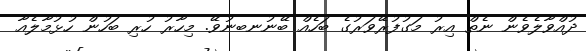
ދުއްވާލެވެން ނެތް އިރު މަގުފުރޭވަރުގެ ބަހެއް ބޭނުނބނުވޭ. މިހާރު ހުރި ބަހުން ހުޅުމާލެއާ